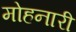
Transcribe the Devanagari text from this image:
मोहनारी